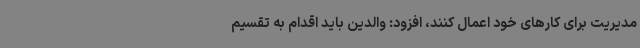
مدیریت برای کارهای خود اعمال کنند، افزود: والدین باید اقدام به تقسیم